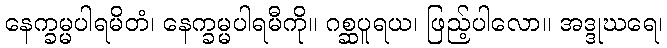
နေက္ခမ္မပါရမိတံ၊ နေက္ခမ္မပါရမီကို။ ဂစ္ဆပူရယ၊ ဖြည့်ပါလော။ အဒ္ဒုဃရေ၊